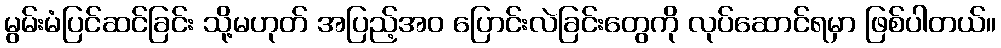
မွမ်းမံပြင်ဆင်ခြင်း သို့မဟုတ် အပြည့်အဝ ပြောင်းလဲခြင်းတွေကို လုပ်ဆောင်ရမှာ ဖြစ်ပါတယ်။